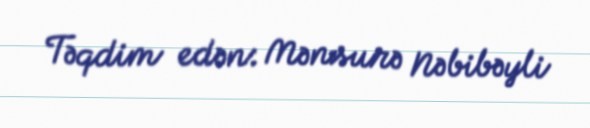
Təqdim edən: Mənsurə Nəbibəyli